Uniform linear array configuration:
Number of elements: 16
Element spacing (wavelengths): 1
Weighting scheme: uniform
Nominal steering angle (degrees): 30
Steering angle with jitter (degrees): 29.665
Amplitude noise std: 0.05
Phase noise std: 0.05

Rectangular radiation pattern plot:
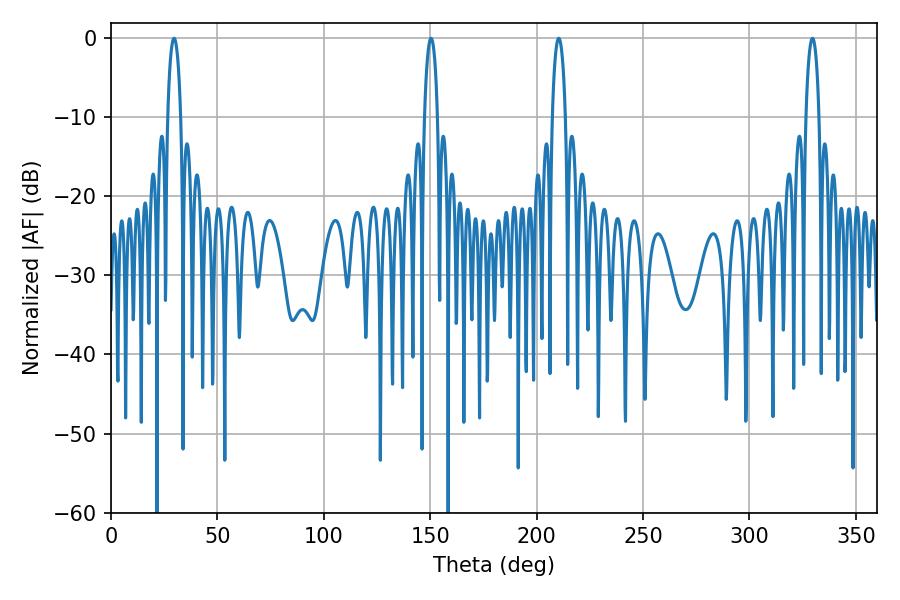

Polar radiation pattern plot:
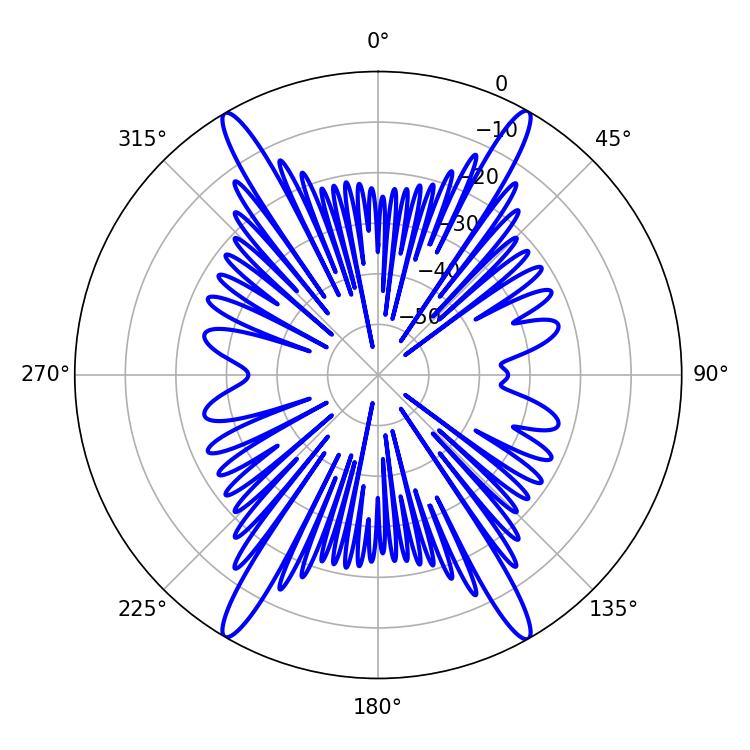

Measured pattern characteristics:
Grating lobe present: TRUE
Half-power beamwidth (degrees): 3.6
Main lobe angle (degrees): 210.42